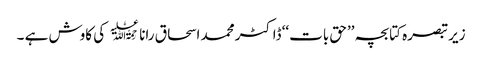
زیر تبصرہ کتابچہ ’’حق بات‘‘ ڈاکٹر محمد اسحاق رانا ﷫ کی کاوش ہے ۔